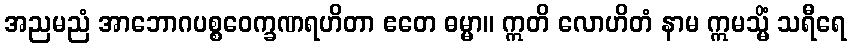
အညမညံ အာဘောဂပစ္စဝေက္ခဏရဟိတာ ဧတေ ဓမ္မာ။ ဣတိ လောဟိတံ နာမ ဣမသ္မိံ သရီရေ